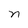
Character: n